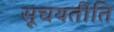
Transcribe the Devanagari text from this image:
सूचयतीति